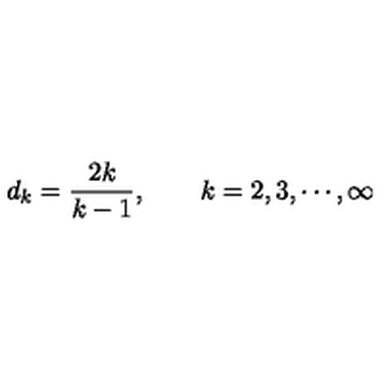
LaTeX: d _ { k } = \frac { 2 k } { k - 1 } , \qquad k = 2 , 3 , \cdots , \infty